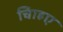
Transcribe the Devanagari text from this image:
चािहए